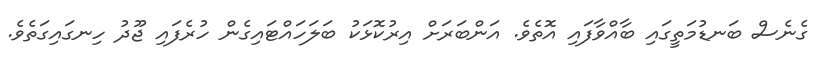
ގެނެސް ބަނޑުމަތީގައި ބާއްވާފައި އޮތެވެ. އަންބަރަށް އިރުކޮޅަކު ބަލަހައްޓައިގެން ހުރެފައި ޖޫދު ހިނގައިގަތެވެ.